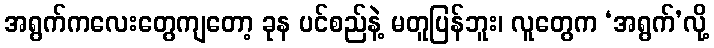
အရွက်ကလေးတွေကျတော့ ခုန ပင်စည်နဲ့ မတူပြန်ဘူး၊ လူတွေက ‘အရွက်’လို့